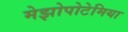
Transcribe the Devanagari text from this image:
मेझोपोटेमिया